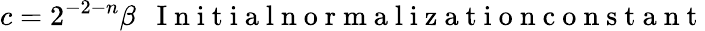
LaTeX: c=2^{-2-n}\beta~~\mathrm{~I~n~i~t~i~a~l~n~o~r~m~a~l~i~z~a~t~i~o~n~c~o~n~s~t~a~n~t~}